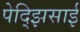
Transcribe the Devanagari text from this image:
पेद्झिसाई